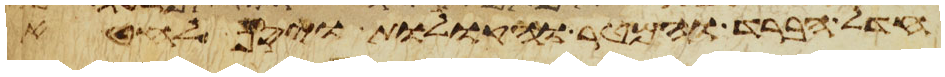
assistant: חדל הברד והמטר והקולות ויסף לחטא